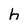
Character: h